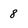
Character: 8